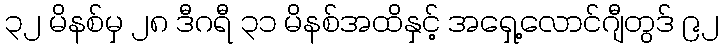
၃၂ မိနစ်မှ ၂၈ ဒီဂရီ ၃၁ မိနစ်အထိနှင့် အရှေ့လောင်ဂျီတွဒ် ၉၂